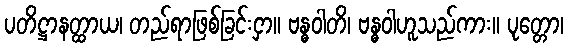
ပတိဋ္ဌာနတ္ထာယ၊ တည်ရာဖြစ်ခြင်းငှာ။ ဗန္ဓဝါတိ၊ ဗန္ဓဝါဟူသည်ကား။ ပုတ္တော၊